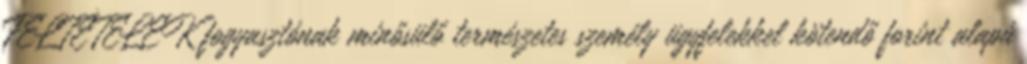
FELTÉTELEK fogyasztónak minősülő természetes személy ügyfelekkel kötendő forint alapú